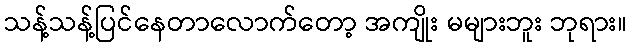
သန့်သန့်ပြင်နေတာလောက်တော့ အကျိုး မများဘူး ဘုရား။